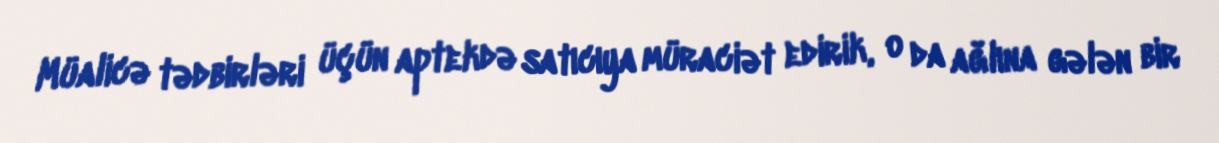
Müalicə tədbirləri üçün aptekdə satıcıya müraciət edirik, o da ağlına gələn bir